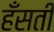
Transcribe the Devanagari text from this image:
हँसती